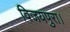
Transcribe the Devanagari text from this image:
विजयपुरा।